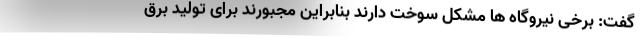
گفت: برخی نیروگاه ها مشکل سوخت دارند بنابراین مجبورند برای تولید برق